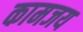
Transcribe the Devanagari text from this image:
कामजय